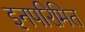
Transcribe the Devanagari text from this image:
इनपरिमित